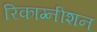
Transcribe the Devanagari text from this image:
रिकाग्नीशन